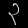
Digit: ၃